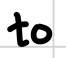
Text: to
Cross-out: clean
Writing tool: digital_black